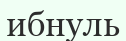
ибнуль